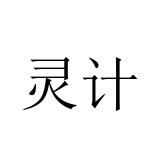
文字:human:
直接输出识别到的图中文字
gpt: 灵计